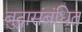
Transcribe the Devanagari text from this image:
बुद्धासंबंधित